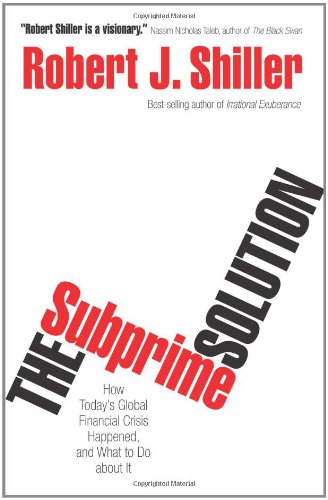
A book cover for The Subprime Solution: How Today's Global Financial Crisis Happened, and What to Do about It; Robert J. Shiller; Business & Money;